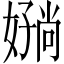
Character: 𫱪